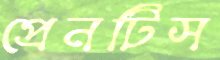
প্রেনটিস